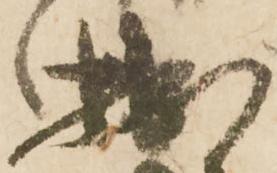
拙